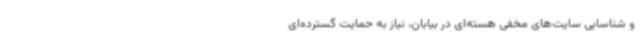
و شناسایی سایت‌های مخفی هسته‌ای در بیابان، نیاز به حمایت گسترده‌ای